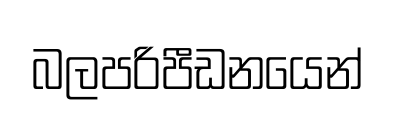
බලපරිපීඩනයෙන්